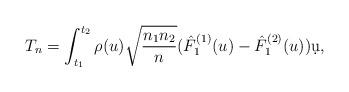
LaTeX: \begin{align*} T_n= \int_{t_1}^{t_2} \rho(u) \sqrt{ \frac{n_1 n_2}{n} }(\hat F^{(1)}_{1}(u) - \hat F^{(2)}_{1}(u)) \d u,\end{align*}